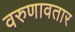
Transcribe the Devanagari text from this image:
वरुणावतार